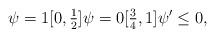
LaTeX: \begin{align*}\psi=1 [0,\tfrac{1}{2}] \psi = 0 [\tfrac{3}{4},1] \psi' \leq 0,\end{align*}